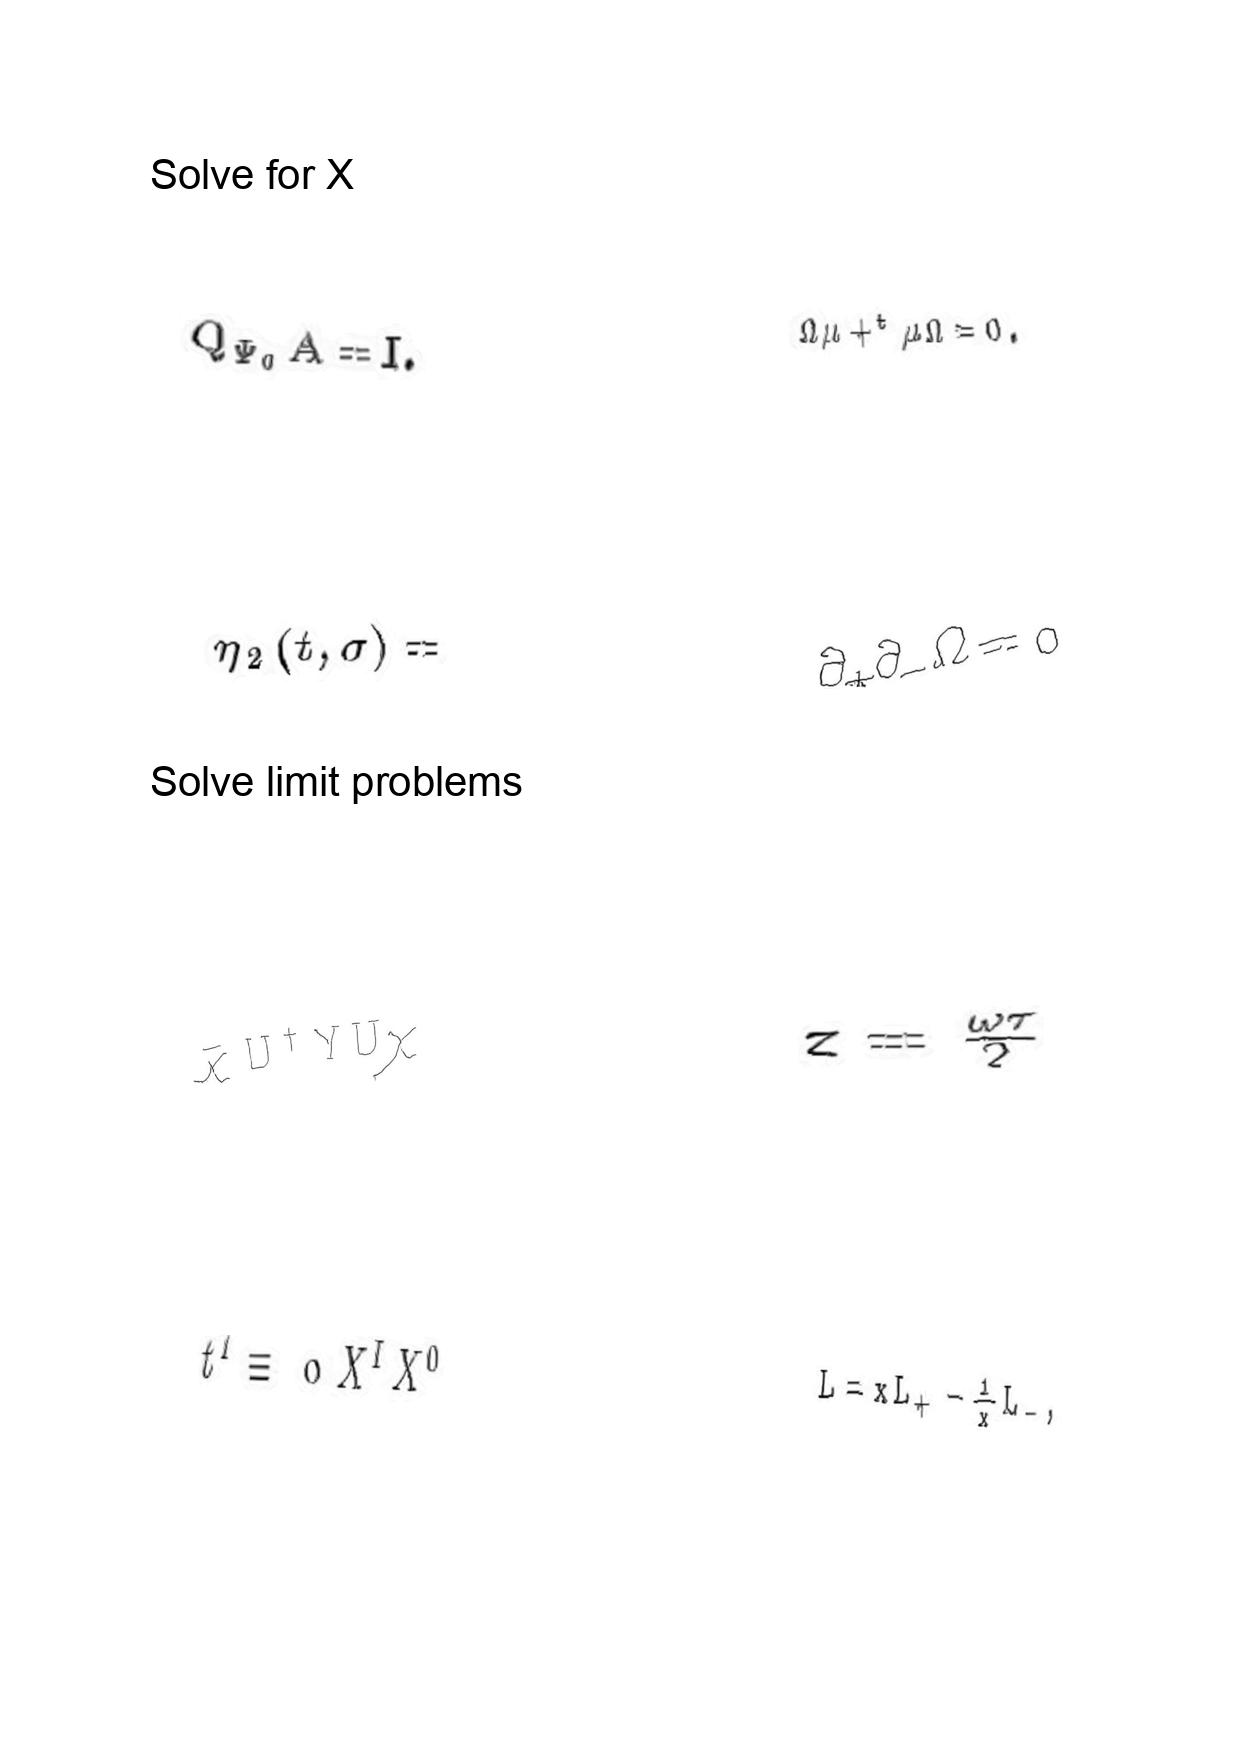
LaTeX transcription:
Q _ { \Psi _ { 0 } } A = I .
\eta _ { 2 } \lparen t , \sigma \rparen =
\bar { \chi } U ^ { \dag } Y U \chi
t ^ { I } \equiv \text { \ o } X ^ { I } X ^ { 0 }
\Omega \mu + ^ { t } \mu \Omega = 0 .
\partial _ { + } \partial _ { - } \Omega = 0
z = \frac { \omega \tau } { 2 }
L = x L _ { + } - \frac { 1 } { x } L _ { - } ,